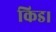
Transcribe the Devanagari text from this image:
किड।